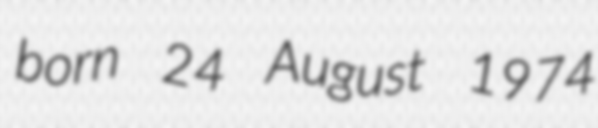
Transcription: born 24 August 1974